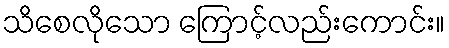
သိစေလိုသော ကြောင့်လည်းကောင်း။